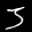
Label: 3